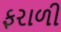
ફરાળી